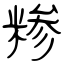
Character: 糁